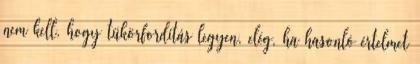
nem kell, hogy tükörfordítás legyen, elég, ha hasonló értelmet